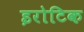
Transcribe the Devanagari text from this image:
इरोटिक